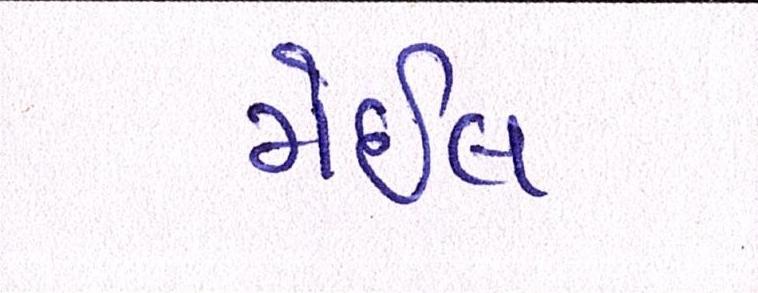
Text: મેઈલ